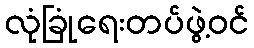
လုံခြုံရေးတပ်ဖွဲ့ဝင်